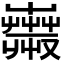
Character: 𧁇